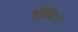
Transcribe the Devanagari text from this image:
ईमिन